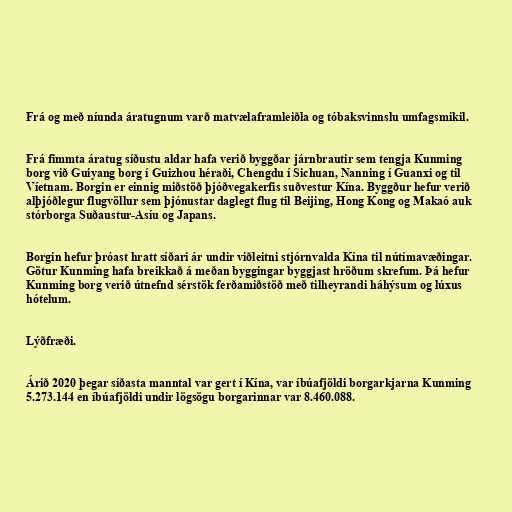
Frá og með níunda áratugnum varð matvælaframleiðla og tóbaksvinnslu umfagsmikil.

Frá fimmta áratug síðustu aldar hafa verið byggðar járnbrautir sem tengja Kunming
borg við Guiyang borg í Guizhou héraði, Chengdu í Sichuan, Nanning í Guanxi og til
Víetnam. Borgin er einnig miðstöð þjóðvegakerfis suðvestur Kína. Byggður hefur verið
alþjóðlegur flugvöllur sem þjónustar daglegt flug til Beijing, Hong Kong og Makaó auk
stórborga Suðaustur-Asíu og Japans.

Borgin hefur þróast hratt síðari ár undir viðleitni stjórnvalda Kína til nútímavæðingar.
Götur Kunming hafa breikkað á meðan byggingar byggjast hröðum skrefum. Þá hefur
Kunming borg verið útnefnd sérstök ferðamiðstöð með tilheyrandi háhýsum og lúxus
hótelum.

Lýðfræði.

Árið 2020 þegar síðasta manntal var gert í Kína, var íbúafjöldi borgarkjarna Kunming
5.273.144 en íbúafjöldi undir lögsögu borgarinnar var 8.460.088.